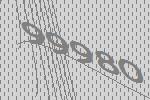
99980